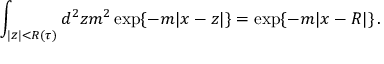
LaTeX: \int _ { | z | < R ( \tau ) } d ^ { 2 } z m ^ { 2 } \exp \{ - m | x - z | \} = \exp \{ - m | x - R | \} \, .